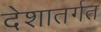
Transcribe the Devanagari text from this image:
देशातर्गत